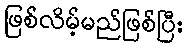
ဖြစ်လိမ့်မည်ဖြစ်ပြီး